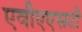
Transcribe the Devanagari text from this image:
एवीएएसटी